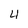
Character: 4